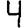
Digit: 4